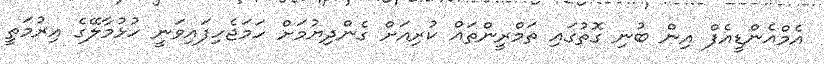
އެމްއެންޑީއެފް އިން ބުނި ގޮތުގައި ތަމްރީންތައް ކުރިއަށް ގެންދިޔުމަށް ހަމަޖެހިފައިވަނީ ހުޅުމާލޭގެ އިރުމަތީ